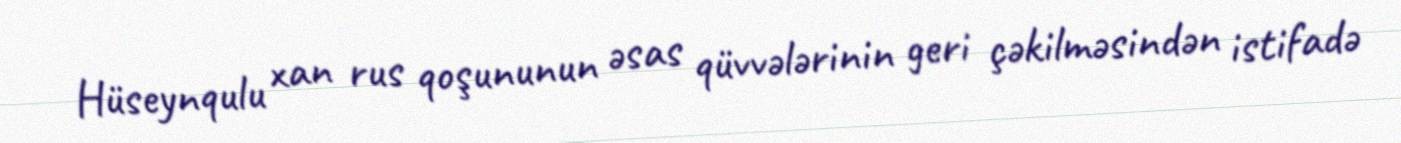
Hüseynqulu xan rus qoşununun əsas qüvvələrinin geri çəkilməsindən istifadə